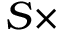
S \times